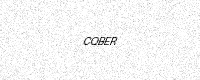
Text: CQBER